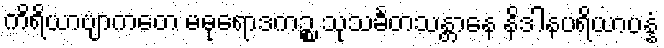
ကိရိယာဗျာကတေ မဓုရောဒကဉ္စ သုသင်္ခတသန္တာနေ နိဒါနပရိယာပန္နံ